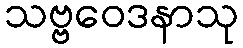
သဗ္ဗဝေဒနာသု